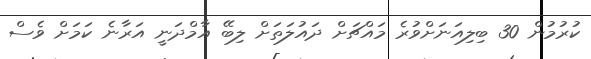
ކުރުމުން 30 ބިލިއަނަށްވުރެ މައްޗަށް ދައުލަތަށް ލިބޭ އާމްދަނީ އަރާނެ ކަމަށް ވެސް